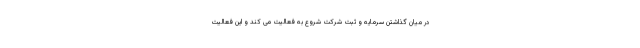
در میان گذاشتن سرمایه و ثبت شرکت شروع به فعالیت می کند و این فعالیت